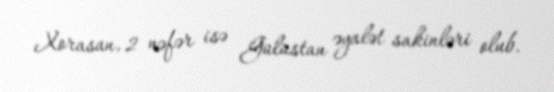
Xorasan, 2 nəfər isə Gülüstan əyalət sakinləri olub.